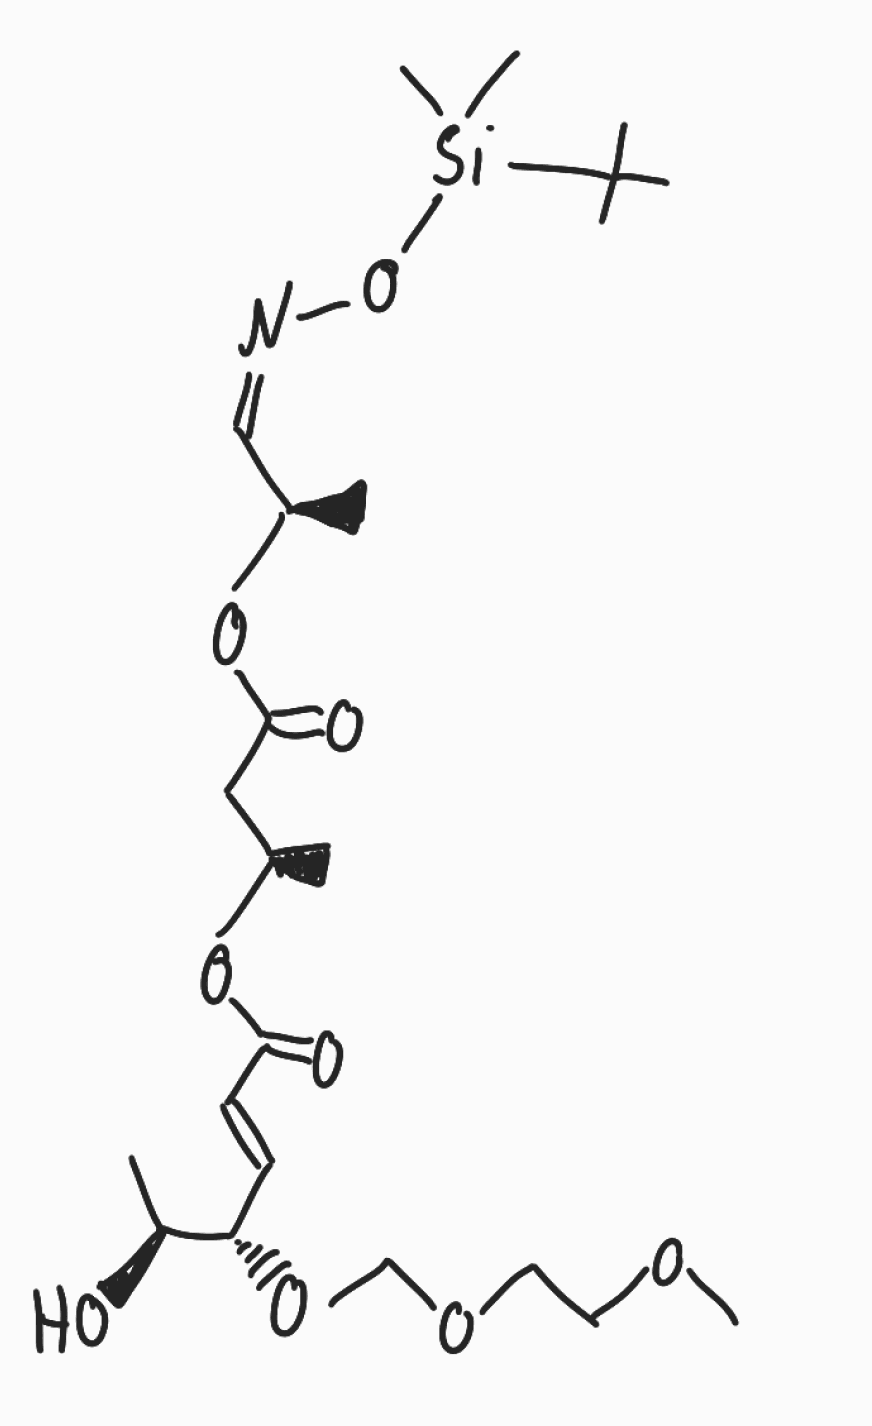
Simplified molecular-input line-entry system (SMILES) notation of the given molecule:
C[C@@H](CC(=O)O[C@@H](C)/C=N\O[Si](C)(C)C(C)(C)C)OC(=O)/C=C/[C@H]([C@H](C)O)OCOCCOC